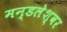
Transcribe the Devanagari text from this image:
मन्डलेश्वर